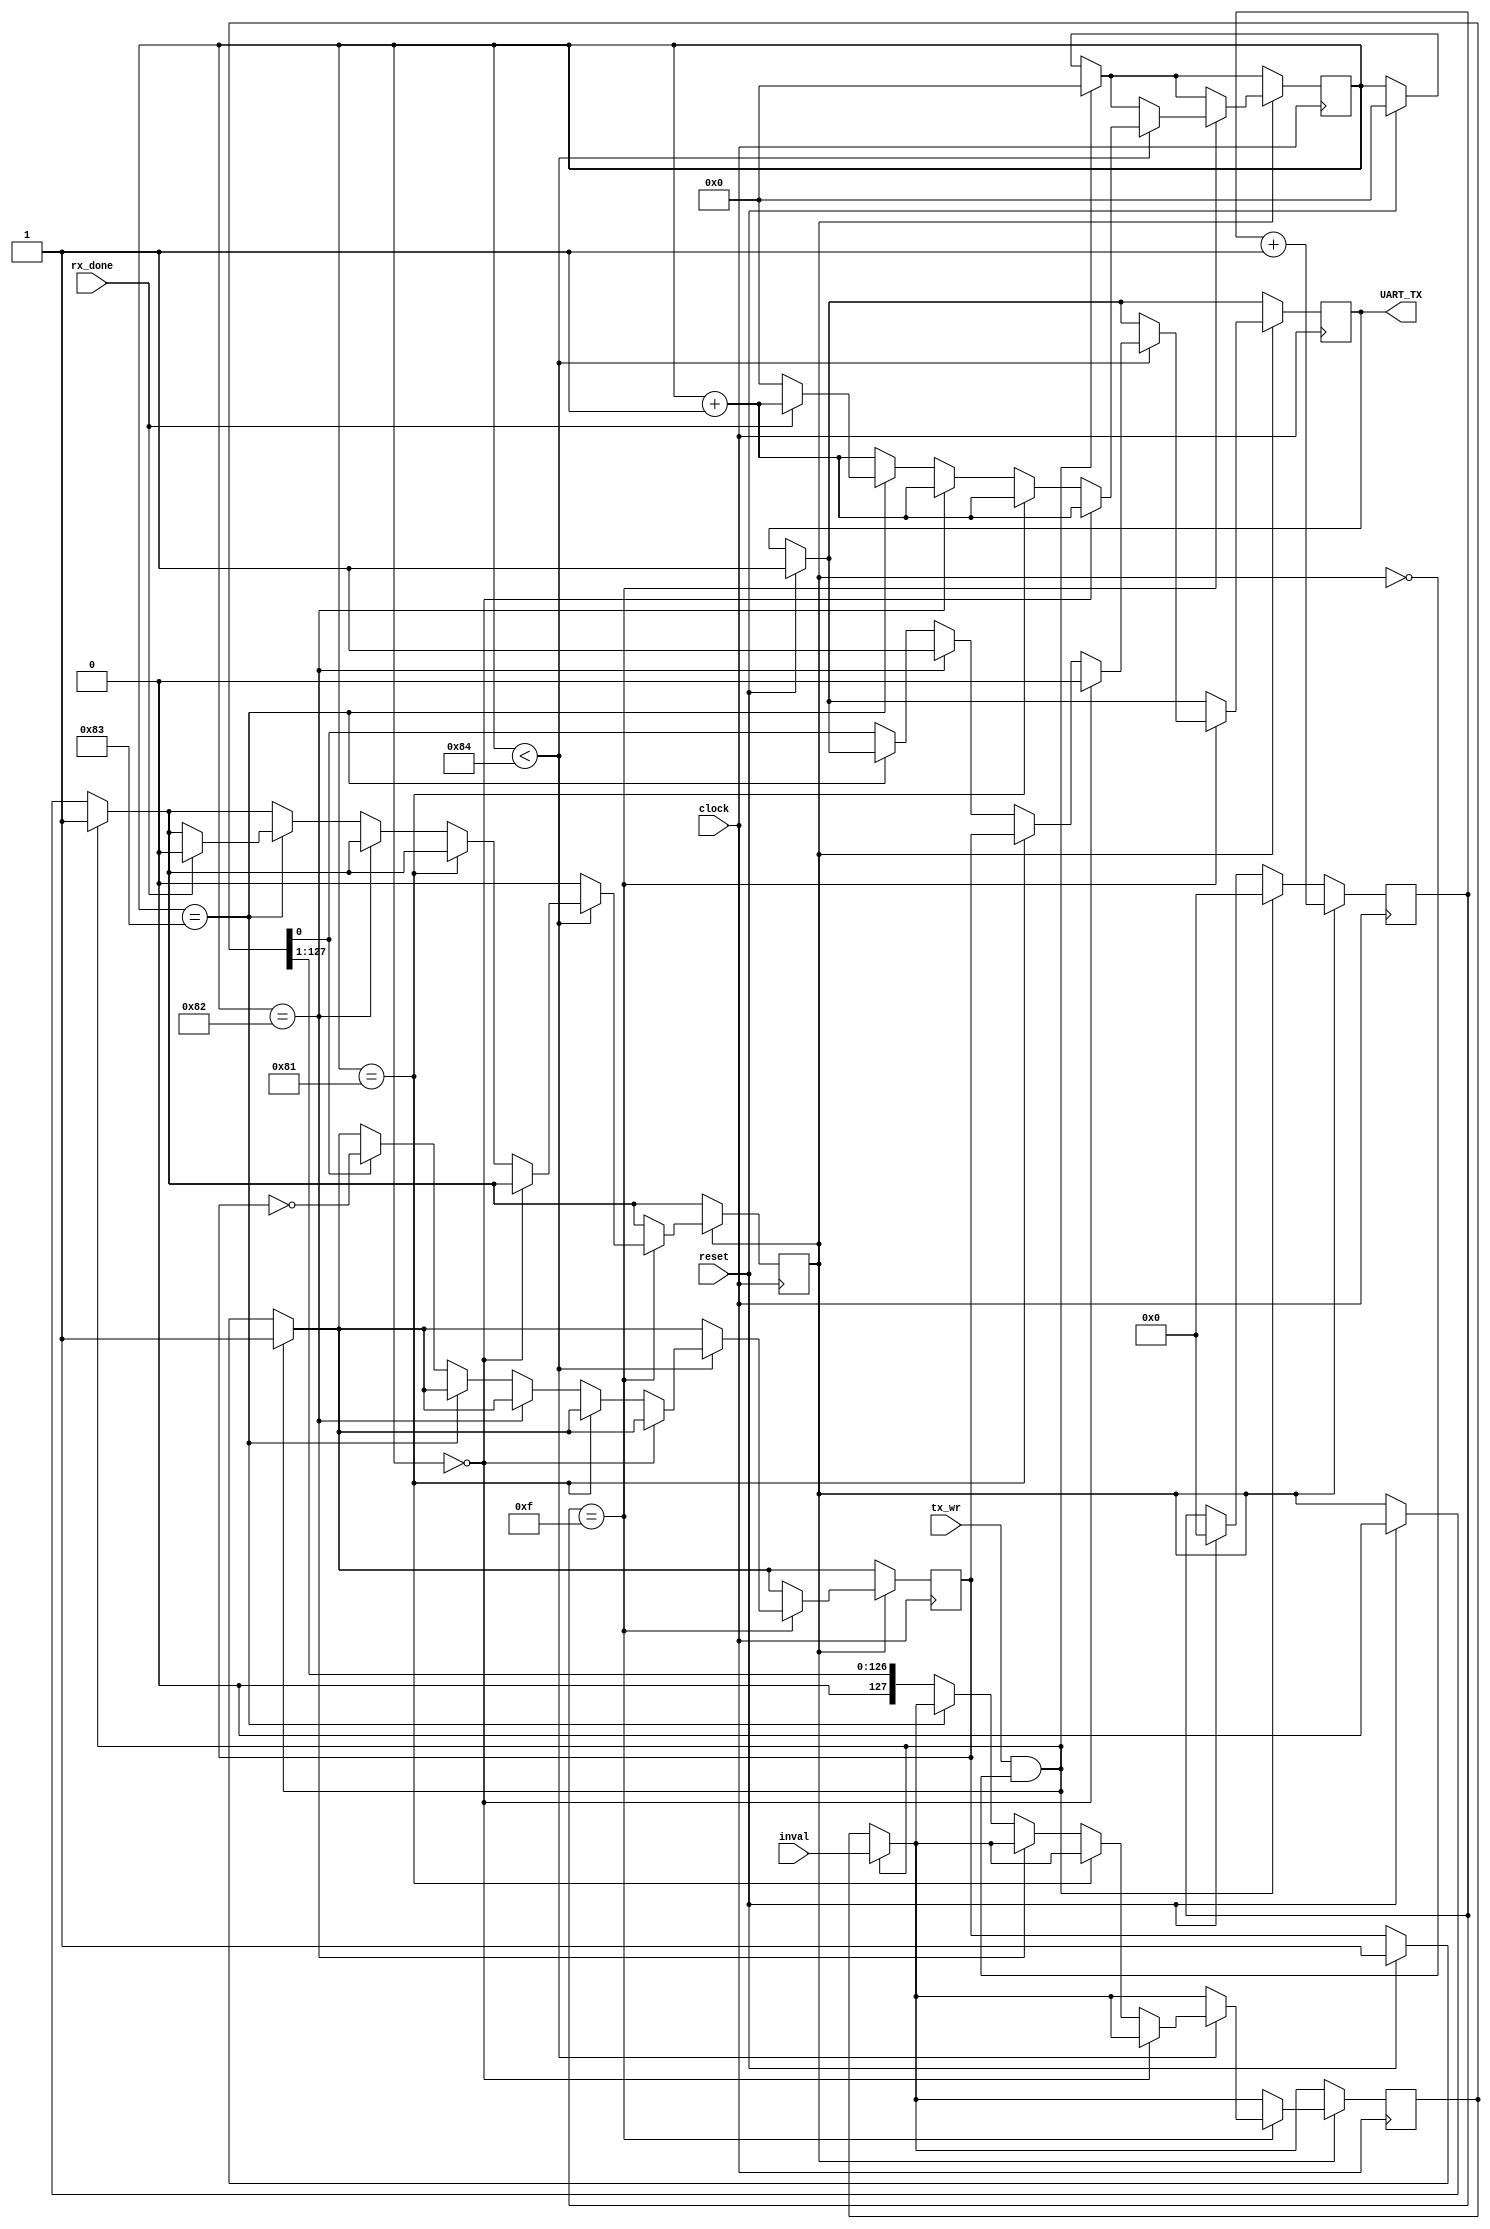
`timescale 1ns / 1ps
//////////////////////////////////////////////////////////////////////////////////
// Company: 
// Engineer: 
// 
// Design Name: 
// Module Name:    xmit 
// Project Name: 
// Target Devices: 
// Tool versions: 
// Description: 
//
// Dependencies: 
//
// Revision: 
// Revision 0.01 - File Created
// Additional Comments: 
//
//////////////////////////////////////////////////////////////////////////////////
module xmit(
	input clock, 
	input reset, 
	input [127:0] inval, 
	input tx_wr, 
	input rx_done, 
	output reg UART_TX
	);

	reg [127:0] fifo [15:0];
	reg [3:0] rx_pointer;
	reg [3:0] tx_pointer;
	reg [8:0] bits_sent;
	reg [3:0] counter16;
	reg [2:0] count8;
	
	reg transmit;
	reg parity;
	reg [127:0] send_buf;
	
	always @ (posedge clock) begin
		
		if (reset) begin
			UART_TX <= 1;
			bits_sent <= 0;
			rx_pointer <= 4'd0;
			tx_pointer <= 4'd0;
			transmit <= 1'b0;
			parity <= 1;
			counter16 <= 0;
			count8 <= 3'b000;
		end
		if (tx_wr && ~transmit) begin
			transmit <= 1;
			send_buf <= inval;
			counter16 <= 0;
			bits_sent <= 0;
			parity <= 1;
		end
		
		if (transmit) begin
			counter16 <= counter16+1;
			if(counter16 == 15) begin
				if (bits_sent < 132) begin
					bits_sent <= bits_sent+1;
					if (bits_sent == 0) begin // Send start bit
						UART_TX <= 1'b0;
					end
					else if (bits_sent == 129) begin // Parity
						UART_TX <= parity;
					end
					else if (bits_sent == 130) begin // End bit 
						UART_TX <= 1'b1;
					end
					else if (bits_sent == 131) begin // Decide if otherside recieved the bits
						if(~rx_done) begin
							bits_sent <= 0;
						end else begin
							transmit <= 1'b0;
						end
					end
					else begin // Send the bits
						UART_TX <= send_buf[0];
						send_buf <= {1'b0, send_buf[127:1]};
						if(send_buf[0]) parity <= ~parity;
					end
				end
				else begin
					transmit <= 1'b0;
				end
			end
		end // Transmit
	end // Clock

endmodule